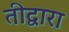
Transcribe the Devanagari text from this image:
तीद्वारा